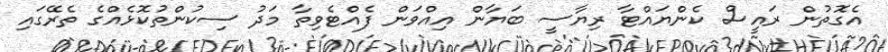
އެގޮތުން ރައީސް ކެންޔައްޓާ ރިޔާސީ ބަޔާން އިއްވަން ފެއްޓެވިތާ މަދު ސިކުންތުކޮޅެއްގެ ތެރޭގައި